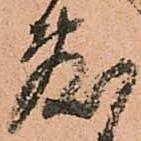
敷